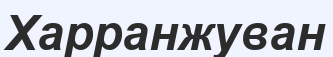
Харранжуван